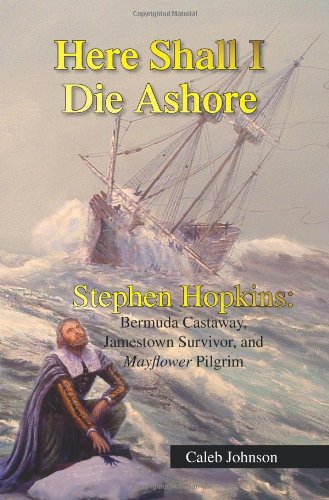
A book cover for Here Shall I Die Ashore: STEPHEN HOPKINS: Bermuda Castaway, Jamestown Survivor, and Mayflower Pilgrim.; Caleb Johnson; Biographies & Memoirs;